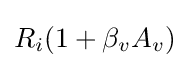
R_{i}(1+\beta _{v}A_{v})